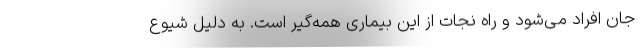
جان افراد می‌شود و راه نجات از این بیماری همه‌گیر است. به دلیل شیوع